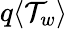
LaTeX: q\langle\mathcal{T}_{w}\rangle